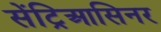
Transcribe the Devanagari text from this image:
सेंट्रिआसिनर